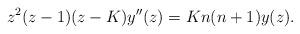
LaTeX: \begin{align*}z^2 (z-1)(z-K) y''(z) = Kn(n+1) y(z).\end{align*}